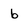
Character: b